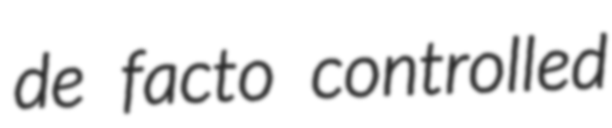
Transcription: de facto controlled